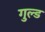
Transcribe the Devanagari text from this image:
गुल्ड